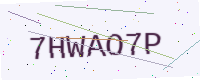
Text: 7HWAO7P